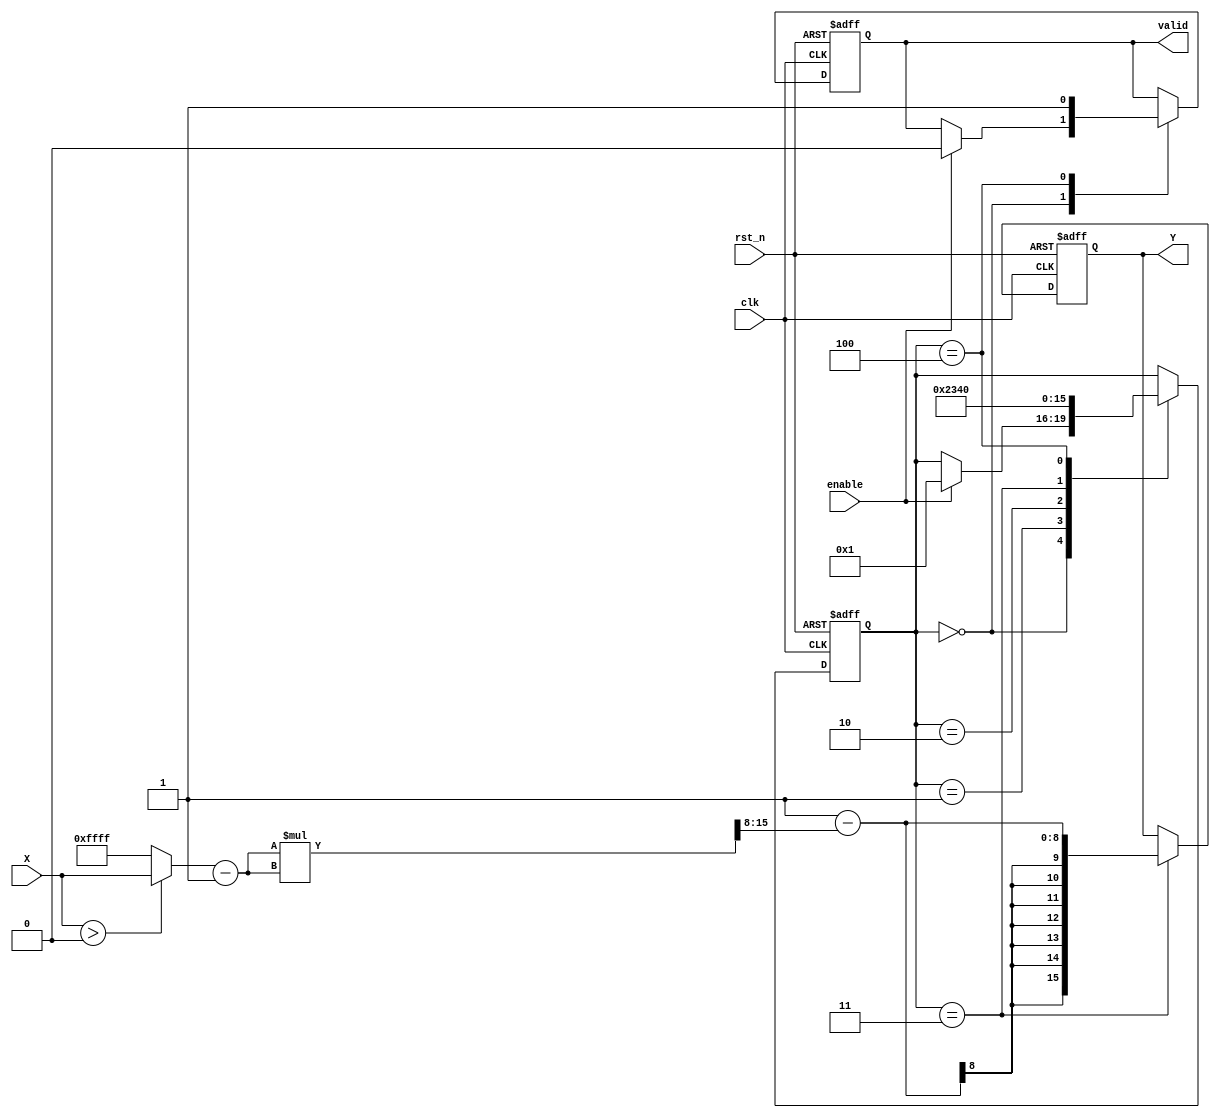
module approx_reciprocal (
    input wire clk,
    input wire rst_n,
    input wire enable,
    input wire [15:0] X, // 16-bit fixed-point input
    output reg [15:0] Y,  // 16-bit fixed-point output
    output reg valid      // Output valid signal
);

    // Internal signals
    reg [15:0] approx_result;
    reg [15:0] normalized_input;
    reg [3:0] state; // State for FSM
    reg [15:0] temp;  // Temporary variable for calculations

    // State encoding
    localparam IDLE = 4'b0000,
               NORM = 4'b0001,
               APPROX = 4'b0010,
               SHIFT_SCALE = 4'b0011,
               OUTPUT = 4'b0100;

    // Normalization logic (simple example)
    always @(*) begin
        if (X > 0) begin
            normalized_input = X; // Assuming input is already in range
        end else begin
            normalized_input = 16'hFFFF; // Handle invalid input
        end
    end

    // Approximation logic using a simple polynomial approximation
    always @(*) begin
        // Example: Y = 1 - (X - 1)^2 (simple quadratic approximation)
        // This is just an example; you can replace it with a more accurate approximation
        temp = normalized_input - 16'h0001; // X - 1
        approx_result = 16'h0001 - (temp * temp >> 8); // Y = 1 - (X - 1)^2 / 256
    end

    // State machine for control logic
    always @(posedge clk or negedge rst_n) begin
        if (!rst_n) begin
            state <= IDLE;
            Y <= 16'h0000;
            valid <= 1'b0;
        end else begin
            case (state)
                IDLE: begin
                    if (enable) begin
                        state <= NORM;
                        valid <= 1'b0;
                    end
                end
                NORM: begin
                    // Normalization step (if needed)
                    state <= APPROX;
                end
                APPROX: begin
                    // Perform approximation
                    state <= SHIFT_SCALE;
                end
                SHIFT_SCALE: begin
                    // Shift and scale output if necessary
                    Y <= approx_result; // Directly assign for simplicity
                    state <= OUTPUT;
                end
                OUTPUT: begin
                    valid <= 1'b1; // Output is valid
                    state <= IDLE; // Go back to IDLE
                end
            endcase
        end
    end

endmodule